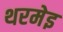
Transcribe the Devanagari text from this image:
थरमेइ